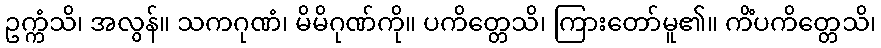
ဥက္ကံသိ၊ အလွန်။ သကဂုဏံ၊ မိမိဂုဏ်ကို။ ပကိတ္တေသိ၊ ကြားတော်မူ၏။ ကိံပကိတ္တေသိ၊